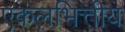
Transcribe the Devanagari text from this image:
एकलभित्तीय